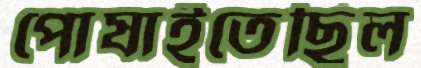
পোষাইতেছিল